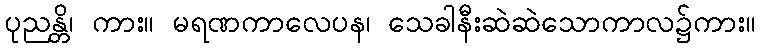
ပုညန္တိ၊ ကား။ မရဏကာလေပန၊ သေခါနီးဆဲဆဲသောကာလ၌ကား။